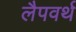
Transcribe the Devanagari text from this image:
लैपवर्थ